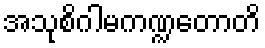
အသုစိဂါမကဏ္ဍတောတိ